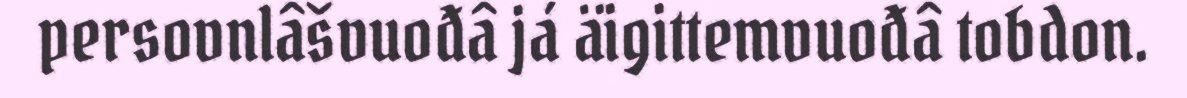
persovnlâšvuođâ já äigittemvuođâ tobdon.